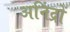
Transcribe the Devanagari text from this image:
अनिंद्रों